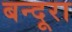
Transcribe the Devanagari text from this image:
बन्दूरा